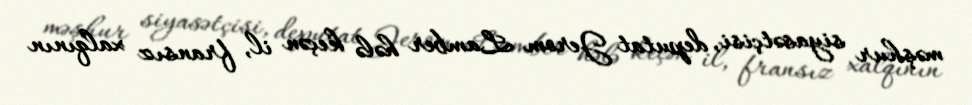
məşhur siyasətçisi, deputat Jerom Lamber hələ keçən il, fransız xalqının